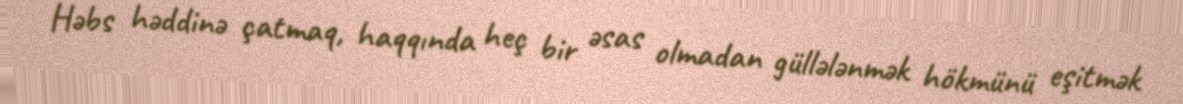
Həbs həddinə çatmaq, haqqında heç bir əsas olmadan güllələnmək hökmünü eşitmək